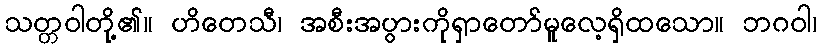
သတ္တဝါတို့၏။ ဟိတေသီ၊ အစီးအပွားကိုရှာတော်မူလေ့ရှိထသော။ ဘဂဝါ၊